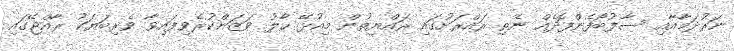
ނަރުދަމާއާއި ސާފުބޯފެންފޮދެއް ނެތި ރައްރަށުގައި ރައްޔިތުން މިއުޅޭ ހާލު ވަޒަންކުރެވިފައިވާ ވެރިބަޔަކު ރާއްޖޭގައި